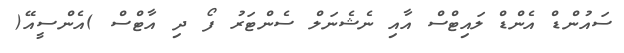
ސައުންޑް އެންޑް ލައިޓްސް އާއި ނެޝެނަލް ސެންޓަރު ފޯ ދި އާޓްސް )އެންސީއޭ(